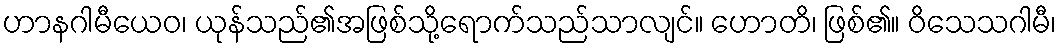
ဟာနဂါမီယေဝ၊ ယုန်သည်၏အဖြစ်သို့ရောက်သည်သာလျင်။ ဟောတိ၊ ဖြစ်၏။ ဝိသေသဂါမီ၊